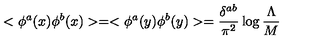
< \phi ^ { a } ( x ) \phi ^ { b } ( x ) > = < \phi ^ { a } ( y ) \phi ^ { b } ( y ) > = \frac { \delta ^ { a b } } { \pi ^ { 2 } } \log \frac { \Lambda } { M }